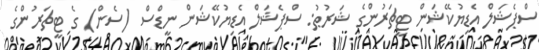
ސްޕެޝަލް އެޑިޔުކޭޝަން ޓީޗަރުންގެ ޝަރުޠު: ސްޕެޝަލް އެޑިޔުކޭޝަން ނީޑްސް (ސެން) ގެ ޓީޗަރުންގެ